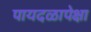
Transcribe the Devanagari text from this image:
पायदळापेक्षा